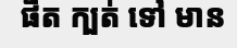
ផិត ក្បត់ ទៅ មាន